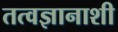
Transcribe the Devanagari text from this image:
तत्वज्ञानाशी